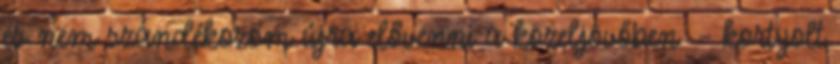
és nem szándékozom újra elővenni a közeljövőben. – kortyolt